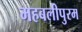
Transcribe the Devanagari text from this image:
महबलीपुरम